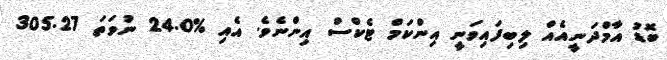
ބޮޑު އާމްދަނީއެއް ލިބިފައިވަނީ އިންކަމް ޓެކްސް އިންނެވެ. އެއި %24.0 ނުވަތަ 305.27